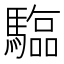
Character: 𮪗